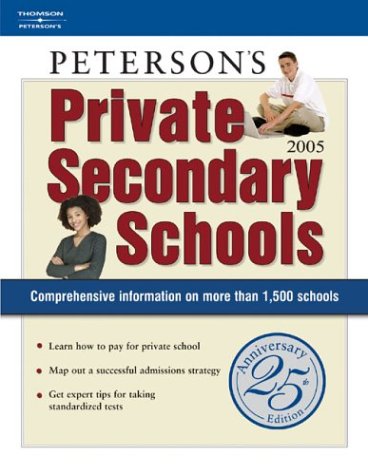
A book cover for Private Secondary Schools 2004-2005; Peterson's; Test Preparation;